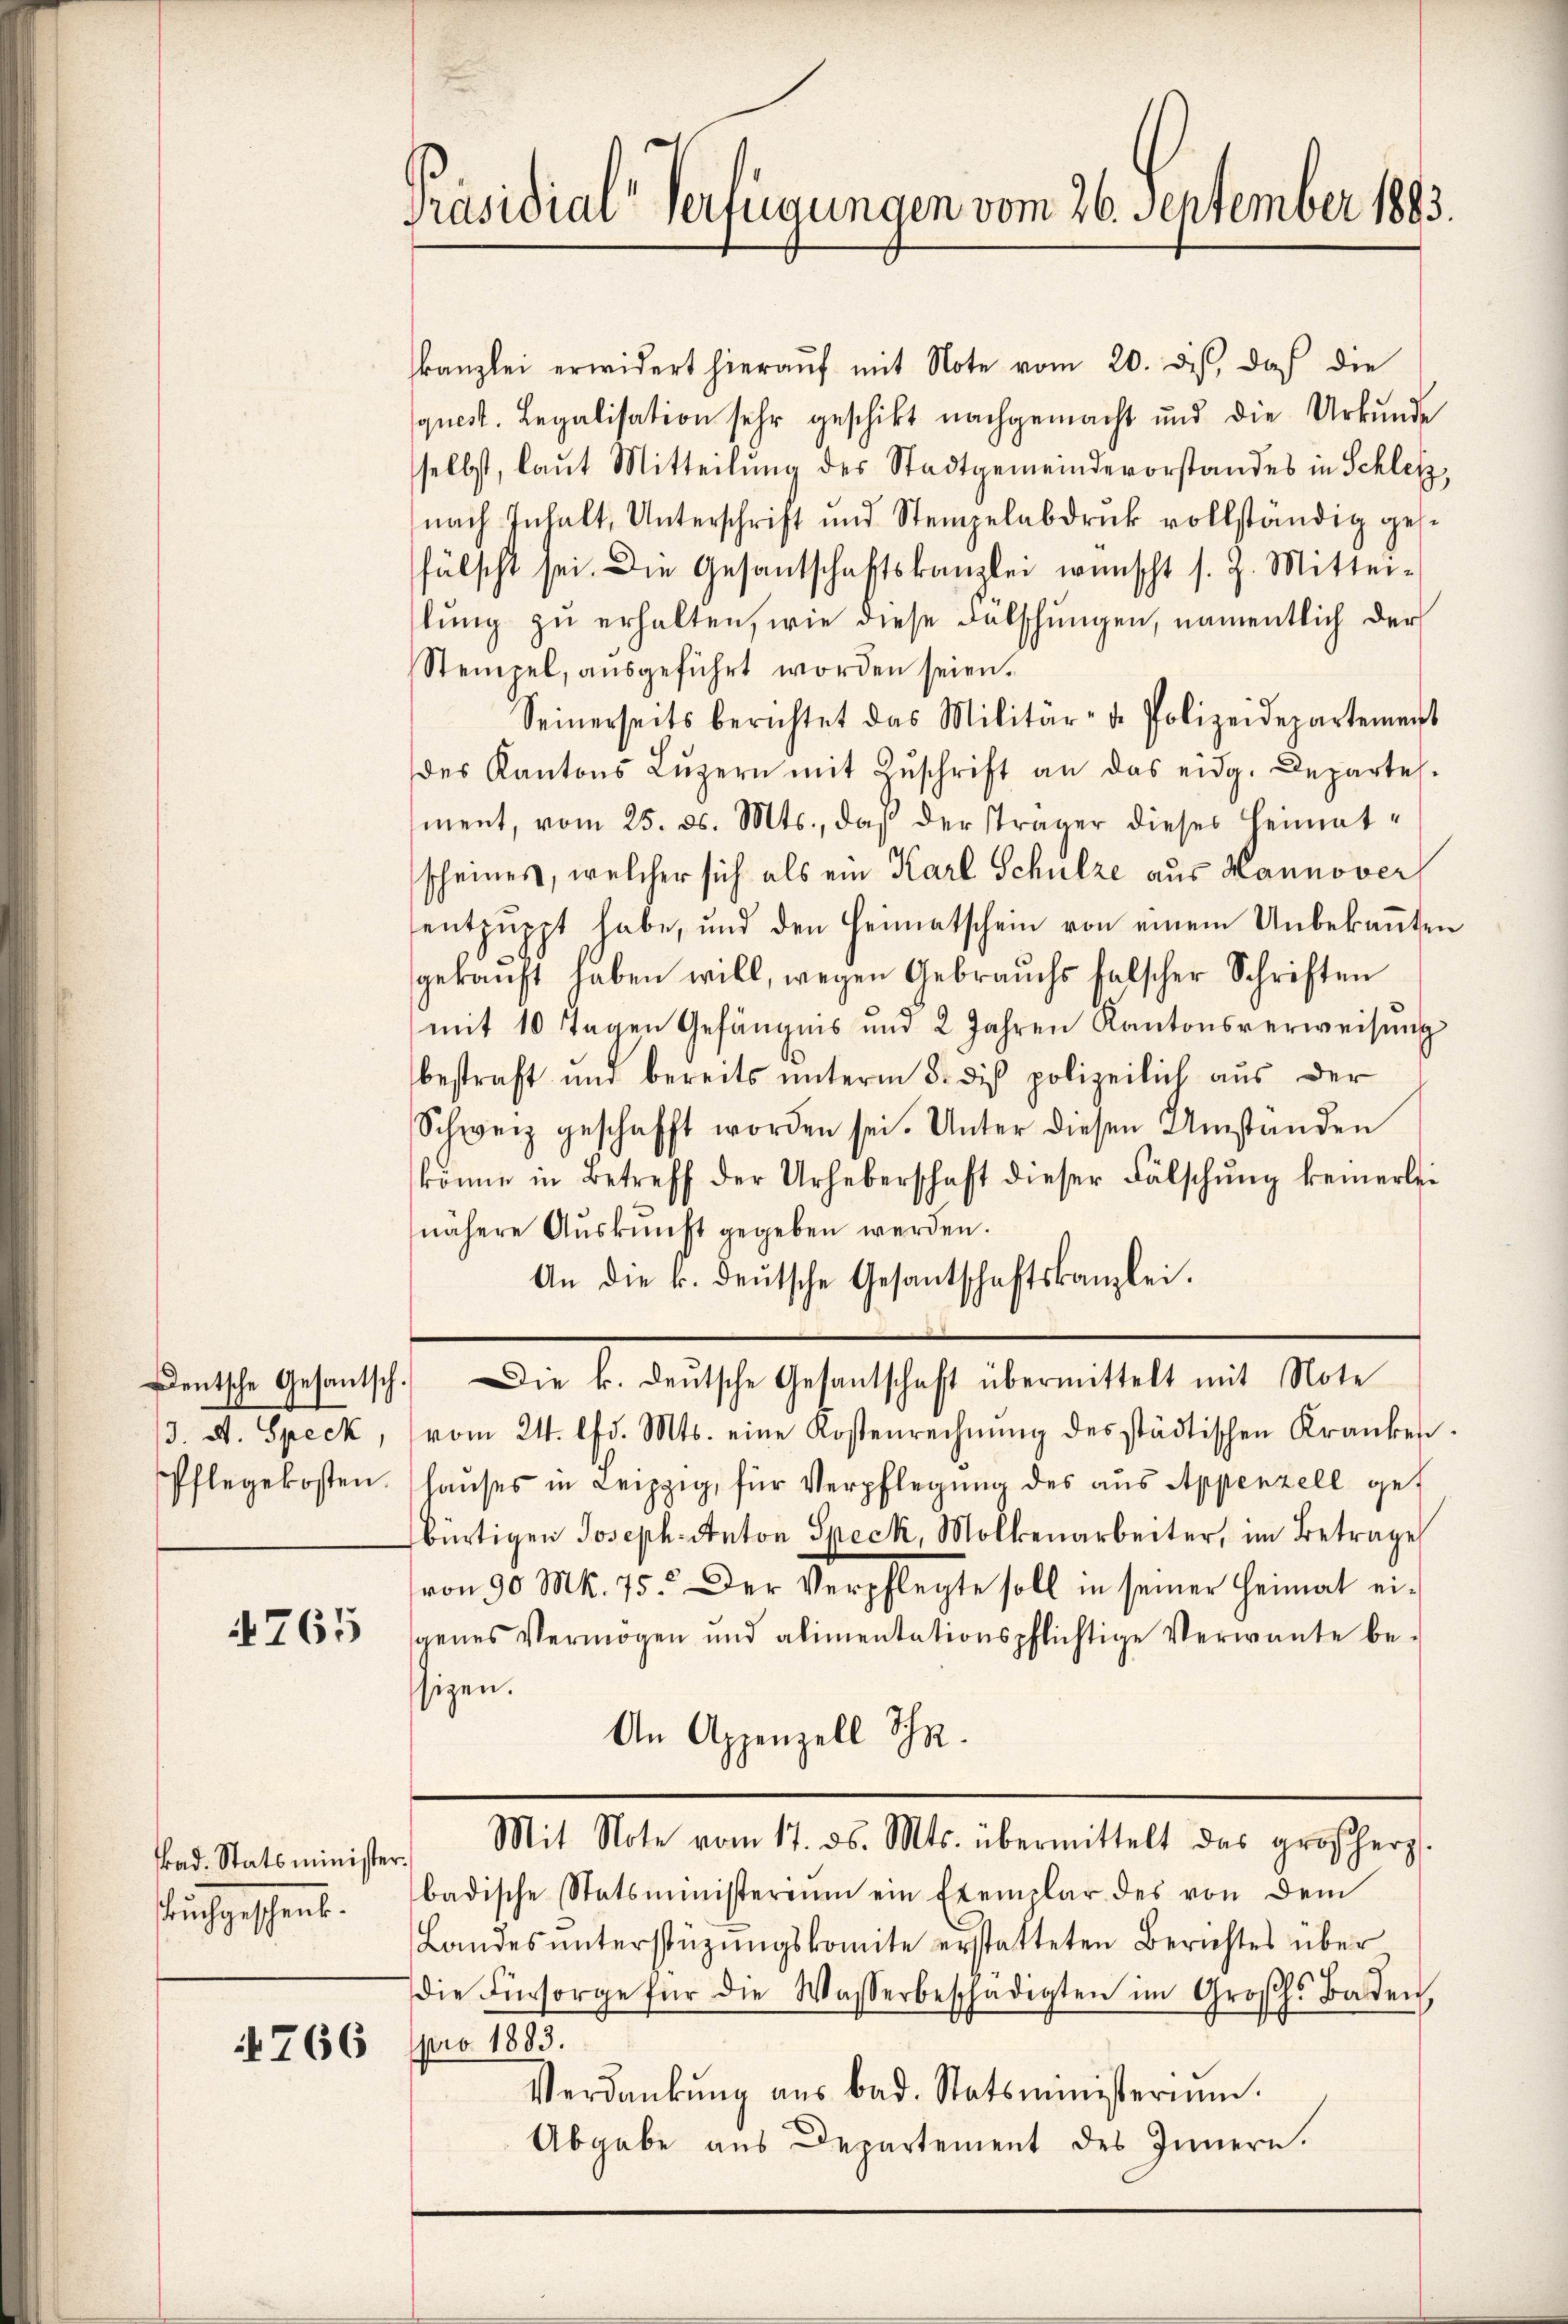
13. A. Speck,
Pflegekosten.

4765

4766

Präsidial-Verfügungen vom 26. September 1883.

kad. Statsminister.
dich geschen.

kanzlei erwidert hieraŭf mit Note vom 20. ds., daß die
quest. Legalisation sehr geschikt nachgemacht und die Urkunde
selbst, laut Mitteilung des Stadtgemeindevorstandes in Schletz,
nach Inhalt, Unterschrift und Stempelabdruk vollständig ges
fälscht sei. Die Gesantschaftskanzlei wünscht s. Z. Mittei-
lŭng zŭ erhalten, wie diese Fälschŭngen, namentlich der
Stempel, ausgeführt worden seien.
Seinerseits berichtet das Militär- u. Polizeidepartement
des Kantons Lŭzern mit Zŭschrift an das eidg. Departel.
ment, vom 25. ds. Mts., daß der Träger dieses Heimatscheines, welcher sich als ein Karl Schulze aus Hannover
entpuppt habe, und den Heimatschein von einem Unbekannten
gekaŭft haben will, wegen Gebrauchs falscher Schriften
mit 10 Tagen Gefängnis und 2 Jahren Kantonsverweisŭng
bestraft und bereits unterm 5. dis polizeilich aus der
Schweiz geschafft worden sei. Unter diesen Umständen
könne in Betreff der Urheberschaft dieser Fälschung keinerlei
nähere Aŭskŭnft gegeben werden.
An die k. deŭtsche Gesantschaftskanzlei.
ddeutsche Gesantsch. Die k. deutsche Gesantschaft übermittelt mit Note
vom 24. lfd. Mts. eine Kostenrechnŭng des städtischen Kranken.
hauses in Leipzig, für Verpflegung des aus Appenzell gef
bürtigen Joseph Anton Speck, Molkenarbeiter, im Betrage
von 90 Mk. 75. Der Verpflegte soll in seiner Heimat ei-
genes Vermögen und alimentationspflichtige Verwante be-
sizen.
An Appenzell Schn.
Mit Note vom 17. ds. Mts. übermittelt das großherz
badische Statsministerium ein Exemplar des von dem
Landes ŭnterstützŭngskomite erstatteten Berichtes über
die Fürsorge für die Wasserbeschädigten im Großh. Baden
pro 1883.
Verdankŭng aŭs bad. Statsministerium.
Abgabe aus Departement des Innern.